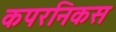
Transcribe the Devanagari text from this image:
कपरनिकस